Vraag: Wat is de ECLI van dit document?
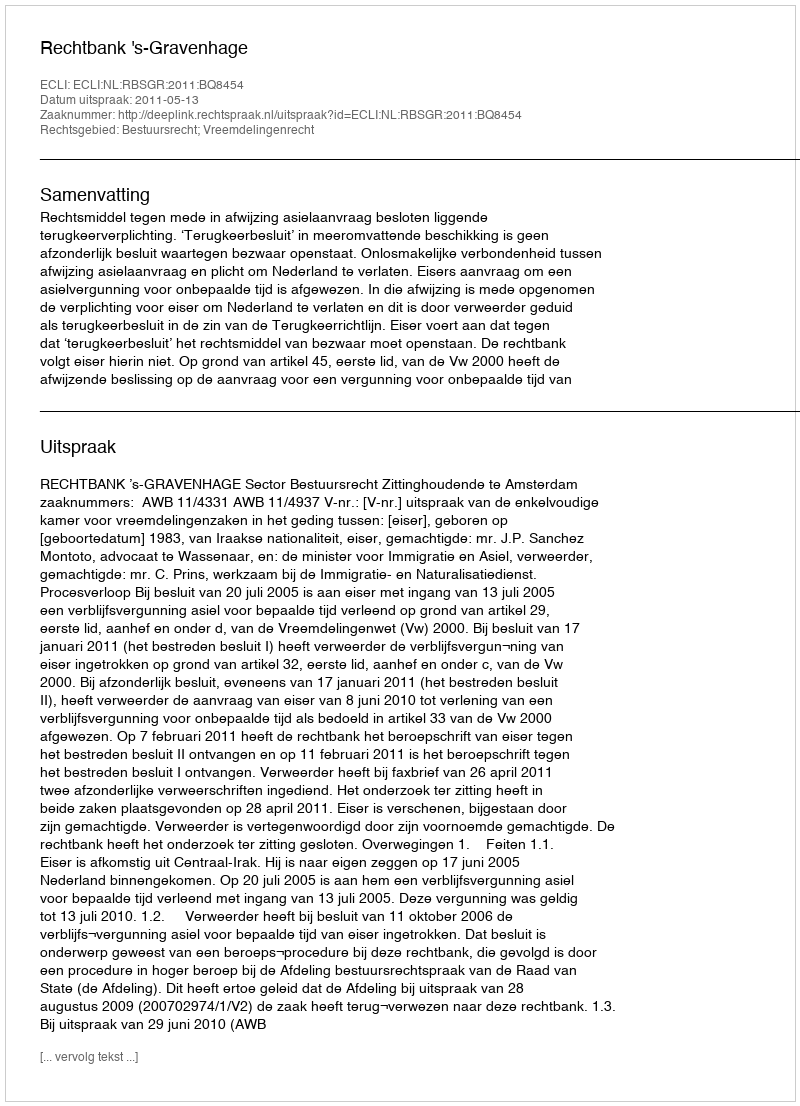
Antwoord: ECLI:NL:RBSGR:2011:BQ8454